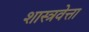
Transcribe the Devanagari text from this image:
शास्त्रवेत्ता